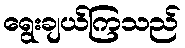
ရွေးချယ်ကြသည်